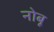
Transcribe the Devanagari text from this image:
नोबू